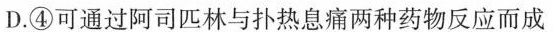
D.④可通过阿司匹林与扑热息痛两种药物反应而成